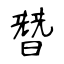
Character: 朁